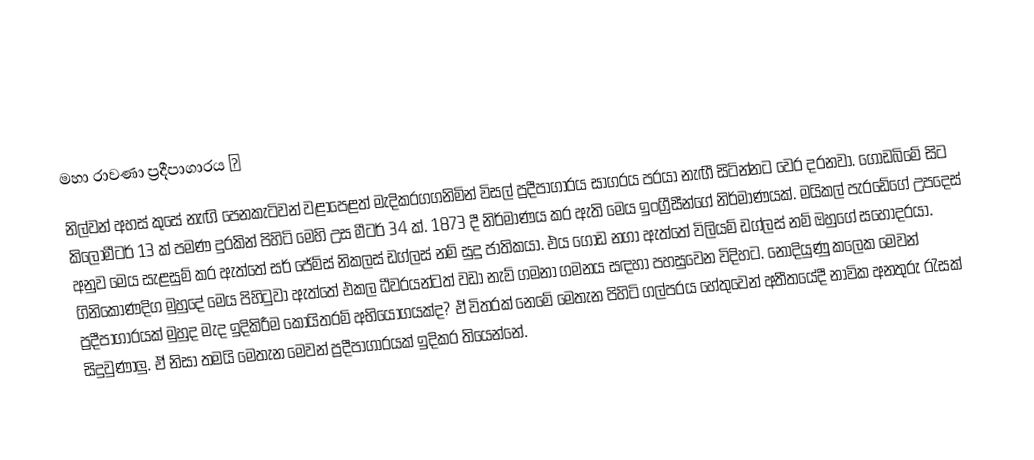
මහා රාවණා ප්‍රදීපාගාරය ✍️
නිල්වන් අහස්‌ කුසේ නැඟි පෙනකැටිවන් වළාපෙළත් මැදිකරගගනිමින් විසල් ප්‍රදීපාගාරය සාගරය පරයා නැඟී සිටින්නට වෙර දරනවා. ගොඩබිමේ සිට කිලෝමීටර් 13 ක්‌ පමණ දුරකින් පිහිටි මෙහි උස මීටර් 34 ක්‌. 1873 දී නිර්මාණය කර ඇති මෙය ඉංග්‍රීසීන්ගේ නිර්මාණයක්‌. මයිකල් පැරඩේගේ උපදෙස්‌ අනුව මෙය සැළසුම් කර ඇත්තේ සර් ජේම්ස්‌ නිකලස්‌ ඩග්ලස්‌ නම් සුදු ජාතිකයා. එය ගොඩ නගා ඇත්තේ විලියම් ඩග්ලස්‌ නම් ඔහුගේ සහෝදරයා. ගිනිකොණදිග මුහුදේ මෙය පිහිටුවා ඇත්තේ එකල ධීවරයන්ටත් වඩා නැව් ගමනා ගමනය සඳහා පහසුවෙන විදිහට. නොදියුණු කලෙක මෙවන් ප්‍රදීපාගාරයක්‌ මුහුද මැද ඉදිකිරීම කොයිතරම් අභියෝගයක්‌ද? ඒ විතරක්‌ නෙමේ මෙතැන පිහිටි ගල්පරය හේතුවෙන් අතීතයේදී නාවික අනතුරු රැසක්‌ සිදුවුණාලු. ඒ නිසා තමයි මෙතැන මෙවන් ප්‍රදීපාගාරයක්‌ ඉදිකර තියෙන්නේ.